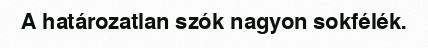
A határozatlan szók nagyon sokfélék.